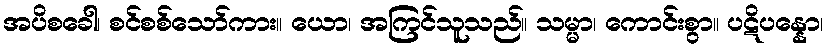
အပိစခေါ၊ စင်စစ်သော်ကား။ ယော၊ အကြင်သူသည်။ သမ္မာ၊ ကောင်းစွာ။ ပဋိပန္နော၊